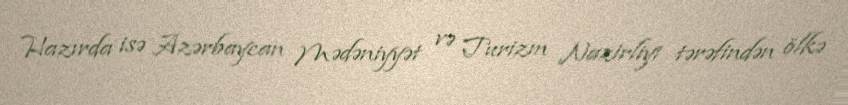
Hazırda isə Azərbaycan Mədəniyyət və Turizm Nazirliyi tərəfindən ölkə